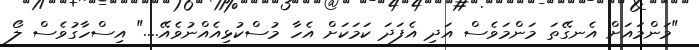
"މަންމައަށް އެނގޭތަ މަންމަވެސް އަދި އެފަދަ ކަމަކަށް އެހާ މުސްކުޅިއެއްނުވެއޭ...." އިސްހާގުވެސް ލޯ